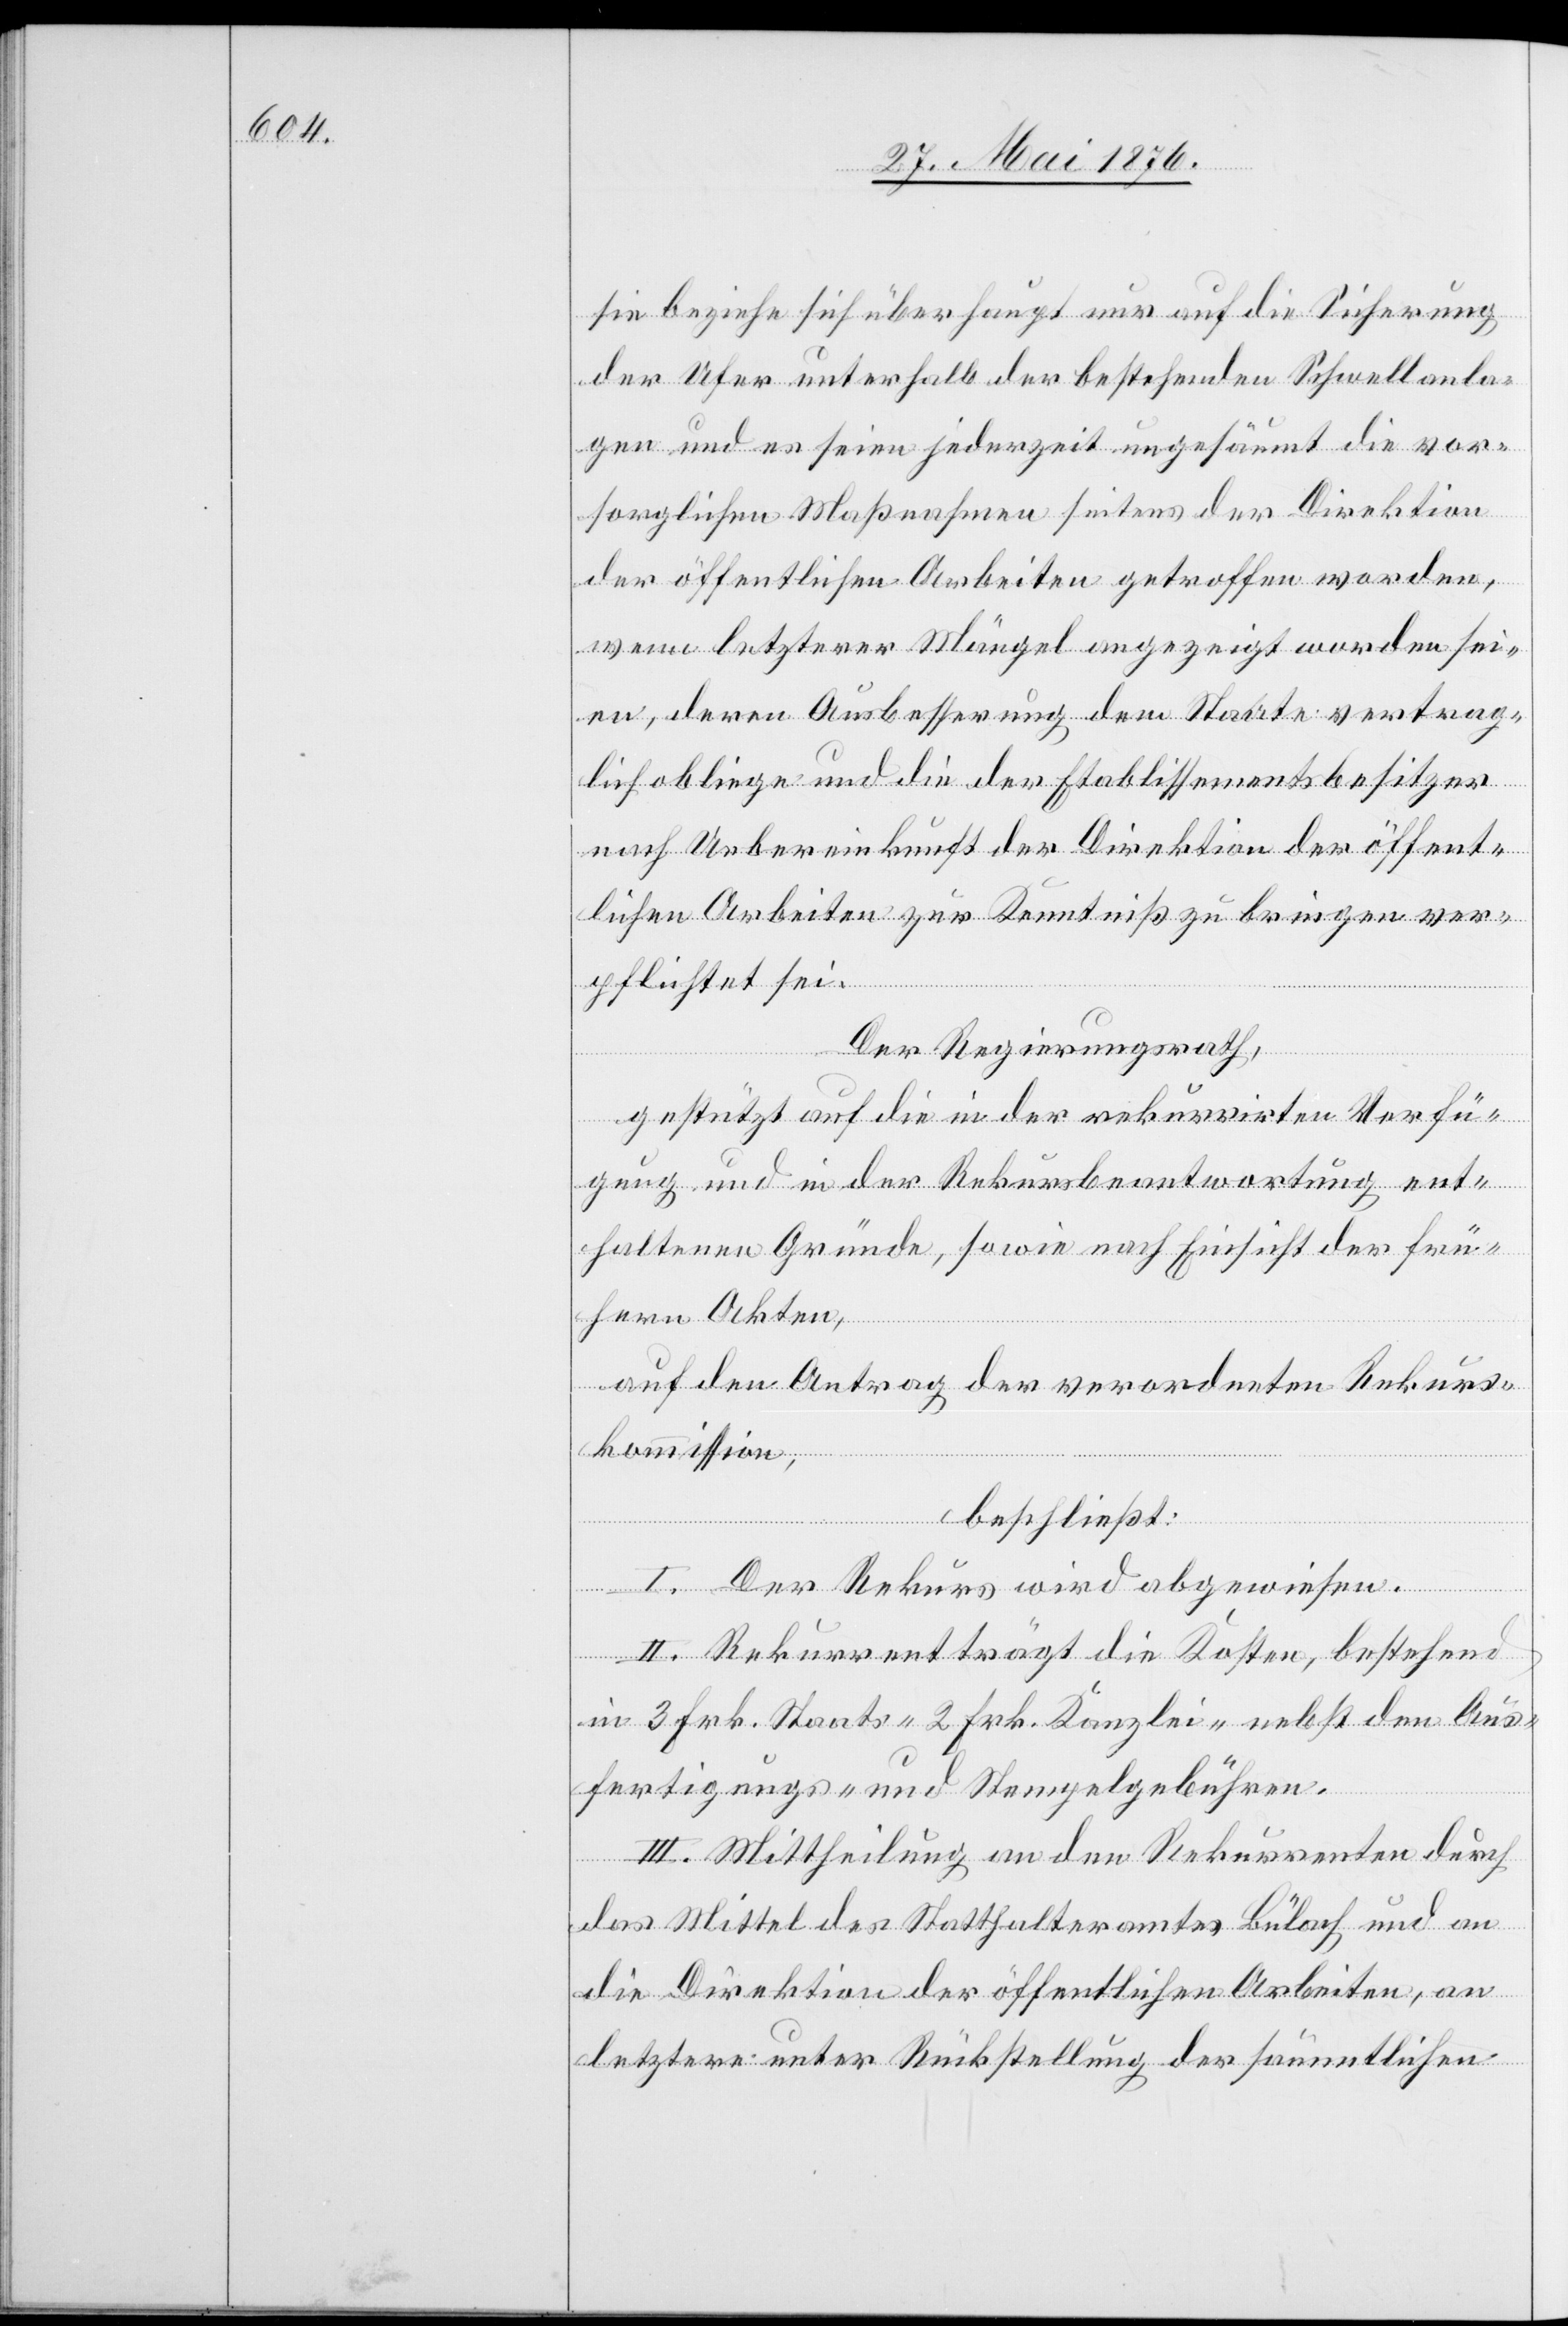
sie beziehe sich überhaupt nur auf die Sicherung
der Ufer unterhalb der bestehenden Schwellanla¬
gen und es seien jederzeit ungesäumt die vor¬
sorglichen Maßnahmen seitens der Direktion
der öffentlichen Arbeiten getroffen worden,
wenn letzterer Mängel angezeigt worden sei¬
en, deren Ausbesserung dem Staate vertrag¬
lich obliege und die der Etablissementsbesitzer
nach Uebereinkunft der Direktion der öffent¬
lichen Arbeiten zur Kenntniß zu bringen ver¬
pflichtet sei.
Der Regierungsrath,
gestützt auf die in der rekurrirten Verfü¬
gung und in der Rekursbeantwortung ent¬
haltenen Gründe, sowie nach Einsicht der frü¬
hern Akten,
auf den Antrag der verordneten Rekurs¬
kommission,
beschließt:
I. Der Rekurs wird abgewiesen.
II. Rekurrent trägt die Kosten, Bestehend
in 3 Frk. Staats- 2 Frk. Kanzlei- nebst den Aus¬
fertigungs- und Stempelgebühren.
III. Mittheilung an den Rekurrenten durch
das Mittel des Statthalteramtes Bülach und an
die Direktion der öffentlichen Arbeiten, an
letztere unter Rückstellung der sämmtlichen